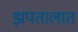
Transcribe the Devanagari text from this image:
झपतालात